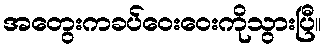
အတွေးကခပ်ဝေးဝေးကိုသွားပြီ။